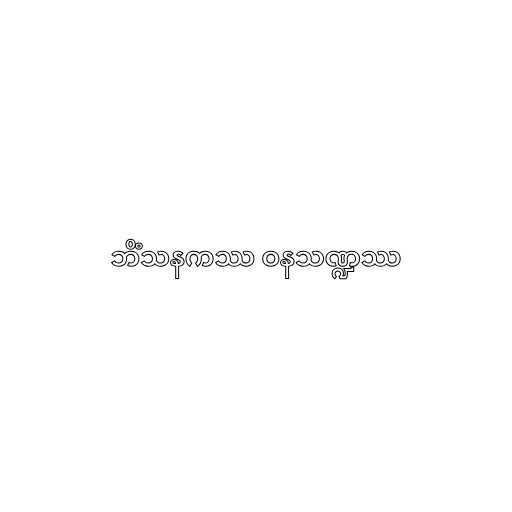
ဘိံသနကဿ ဝနသဏ္ဍဿ